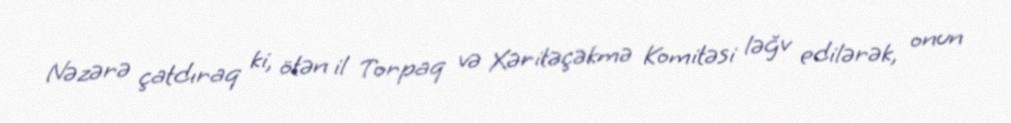
Nəzərə çatdıraq ki, ötən il Torpaq və Xəritəçəkmə Komitəsi ləğv edilərək, onun